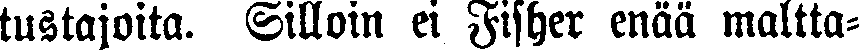
tustajoita. Silloin ei Fisher enää maltta-